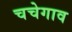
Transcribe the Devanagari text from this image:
चचेगाव